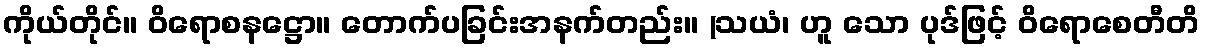
ကိုယ်တိုင်။ ဝိရောစနဋ္ဌော။ တောက်ပခြင်းအနက်တည်း။ (သယံ၊ ဟူ သော ပုဒ်ဖြင့် ဝိရောစေတီတိ